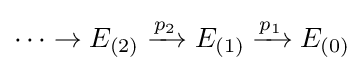
\cdots \to E_{(2)}\xrightarrow {p_{2}} E_{(1)}\xrightarrow {p_{1}} E_{(0)}